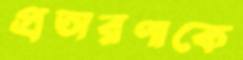
প্রতারণাকে